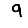
Digit: 9